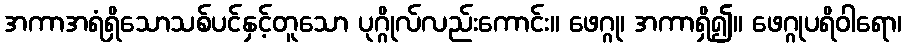
အကာအရံရှိသောသစ်ပင်နှင့်တူသော ပုဂ္ဂိုလ်လည်းကောင်း။ ဖေဂ္ဂု၊ အကာရှိ၍။ ဖေဂ္ဂုပရိဝါရော၊